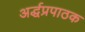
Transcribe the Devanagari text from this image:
अर्द्धप्रपाठक